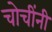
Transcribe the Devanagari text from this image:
चोचींनी